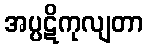
အပ္ပဋိကုလျတာ